Indian journal of veterinary science and animal husbandry - Volume 13,
Year: 1943
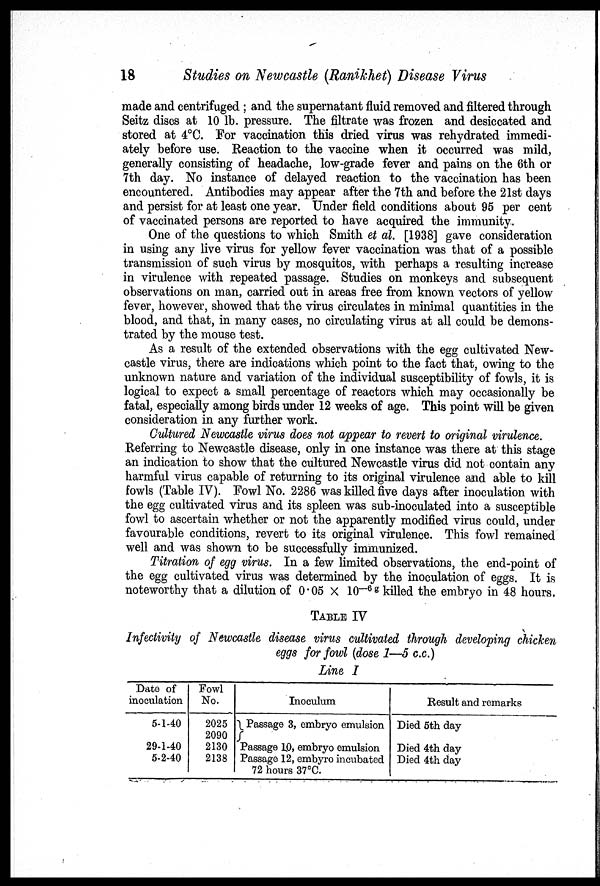
18
Studies on Newcastle (Ranikhet) Disease Virus
made and centrifuged ; and the supernatant fluid removed and filtered through
Seitz discs at 10 lb. pressure. The filtrate was frozen and desiccated and
stored at 4°C. For vaccination this dried virus was rehydrated immedi-
ately before use. Reaction to the vaccine when it occurred was mild,
generally consisting of headache, low-grade fever and pains on the 6th or
7th day. No instance of delayed reaction to the vaccination has been
encountered. Antibodies may appear after the 7th and before the 21st days
and persist for at least one year. Under field conditions about 95 per cent
of vaccinated persons are reported to have acquired the immunity.
One of the questions to which Smith et al. [1938] gave consideration
in using any live virus for yellow fever vaccination was that of a possible
transmission of such virus by mosquitos, with perhaps a resulting increase
in virulence with repeated passage. Studies on monkeys and subsequent
observations on man, carried out in areas free from known vectors of yellow
fever, however, showed that the virus circulates in minimal quantities in the
blood, and that, in many cases, no circulating virus at all could be demons-
trated by the mouse test.
As a result of the extended observations with the egg cultivated New-
castle virus, there are indications which point to the fact that, owing to the
unknown nature and variation of the individual susceptibility of fowls, it is
logical to expect a small percentage of reactors which may occasionally be
fatal, especially among birds under 12 weeks of age. This point will be given
consideration in any further work.
Cultured Newcastle virus does not appear to revert to original virulence.
Referring to Newcastle disease, only in one instance was there at this stage
an indication to show that the cultured Newcastle virus did not contain any
harmful virus capable of returning to its original virulence and able to kill
fowls (Table IV). Fowl No. 2286 was killed five days after inoculation with
the egg cultivated virus and its spleen was sub-inoculated into a susceptible
fowl to ascertain whether or not the apparently modified virus could, under
favourable conditions, revert to its original virulence. This fowl remained
well and was shown to be successfully immunized.
Titration of egg virus. In a few limited observations, the end-point of
the egg cultivated virus was determined by the inoculation of eggs. It is
noteworthy that a dilution of 0.05 × 10 —6g killed the embryo in 48 hours.
TABLE IV
Infectivity of Newcastle disease virus cultivated through developing chicken
eggs for fowl (dose 1—5 c.c.)
Line I
Date of
inoculation
5-1-40
29-1-40
5-2-40
Fowl
No.
2025
2090
2130
2138
Inoculum
Passage 3, embryo emulsion
Passage 10, embryo emulsion
Passage 12, embyro incubated
72 hours 37°C.
Result and remarks
Died 5th day
Died 4th day
Died 4th day